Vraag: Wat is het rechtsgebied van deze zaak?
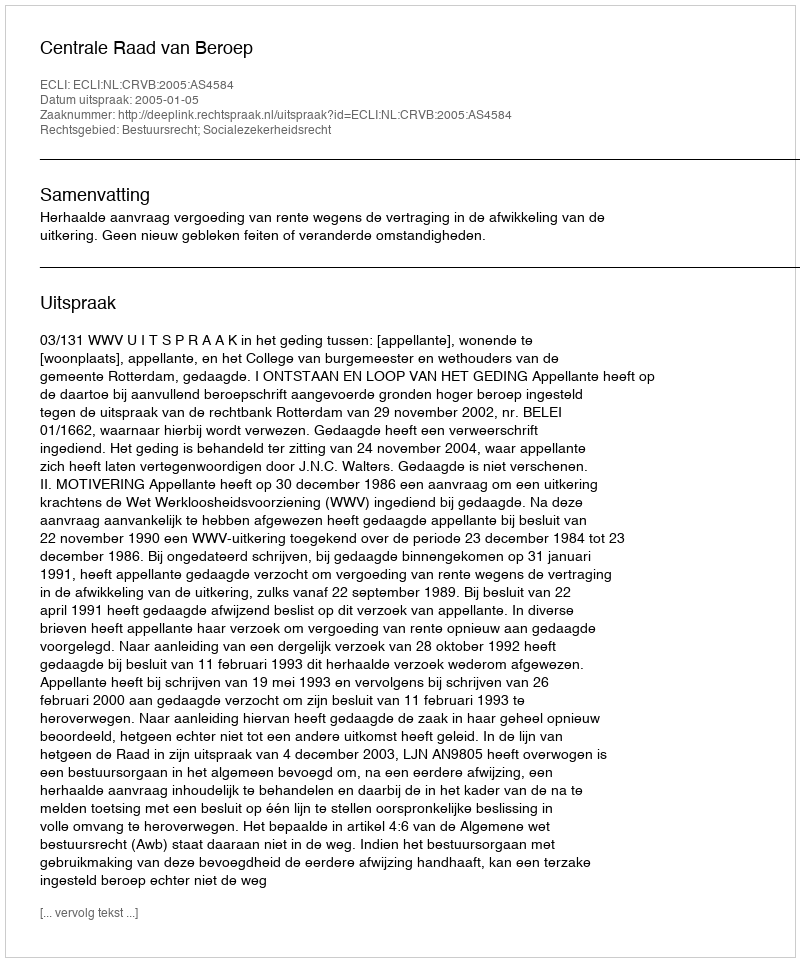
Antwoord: Bestuursrecht; Socialezekerheidsrecht